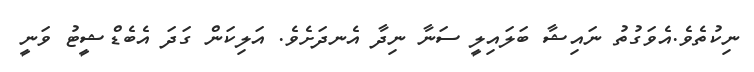
ނިކުތެވެ.އެވަގުތު ނައިޝާ ބަލައިލީ ސަނާ ނިދާ އެނދަށެވެ. އަލިކަން ގަދަ އެބެޑްޝީޓު ވަނީ